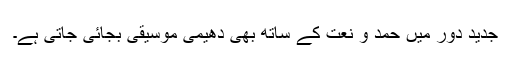
جدید دور میں حمد و نعت کے ساتھ بھی دھیمی موسیقی بجائی جاتی ہے۔